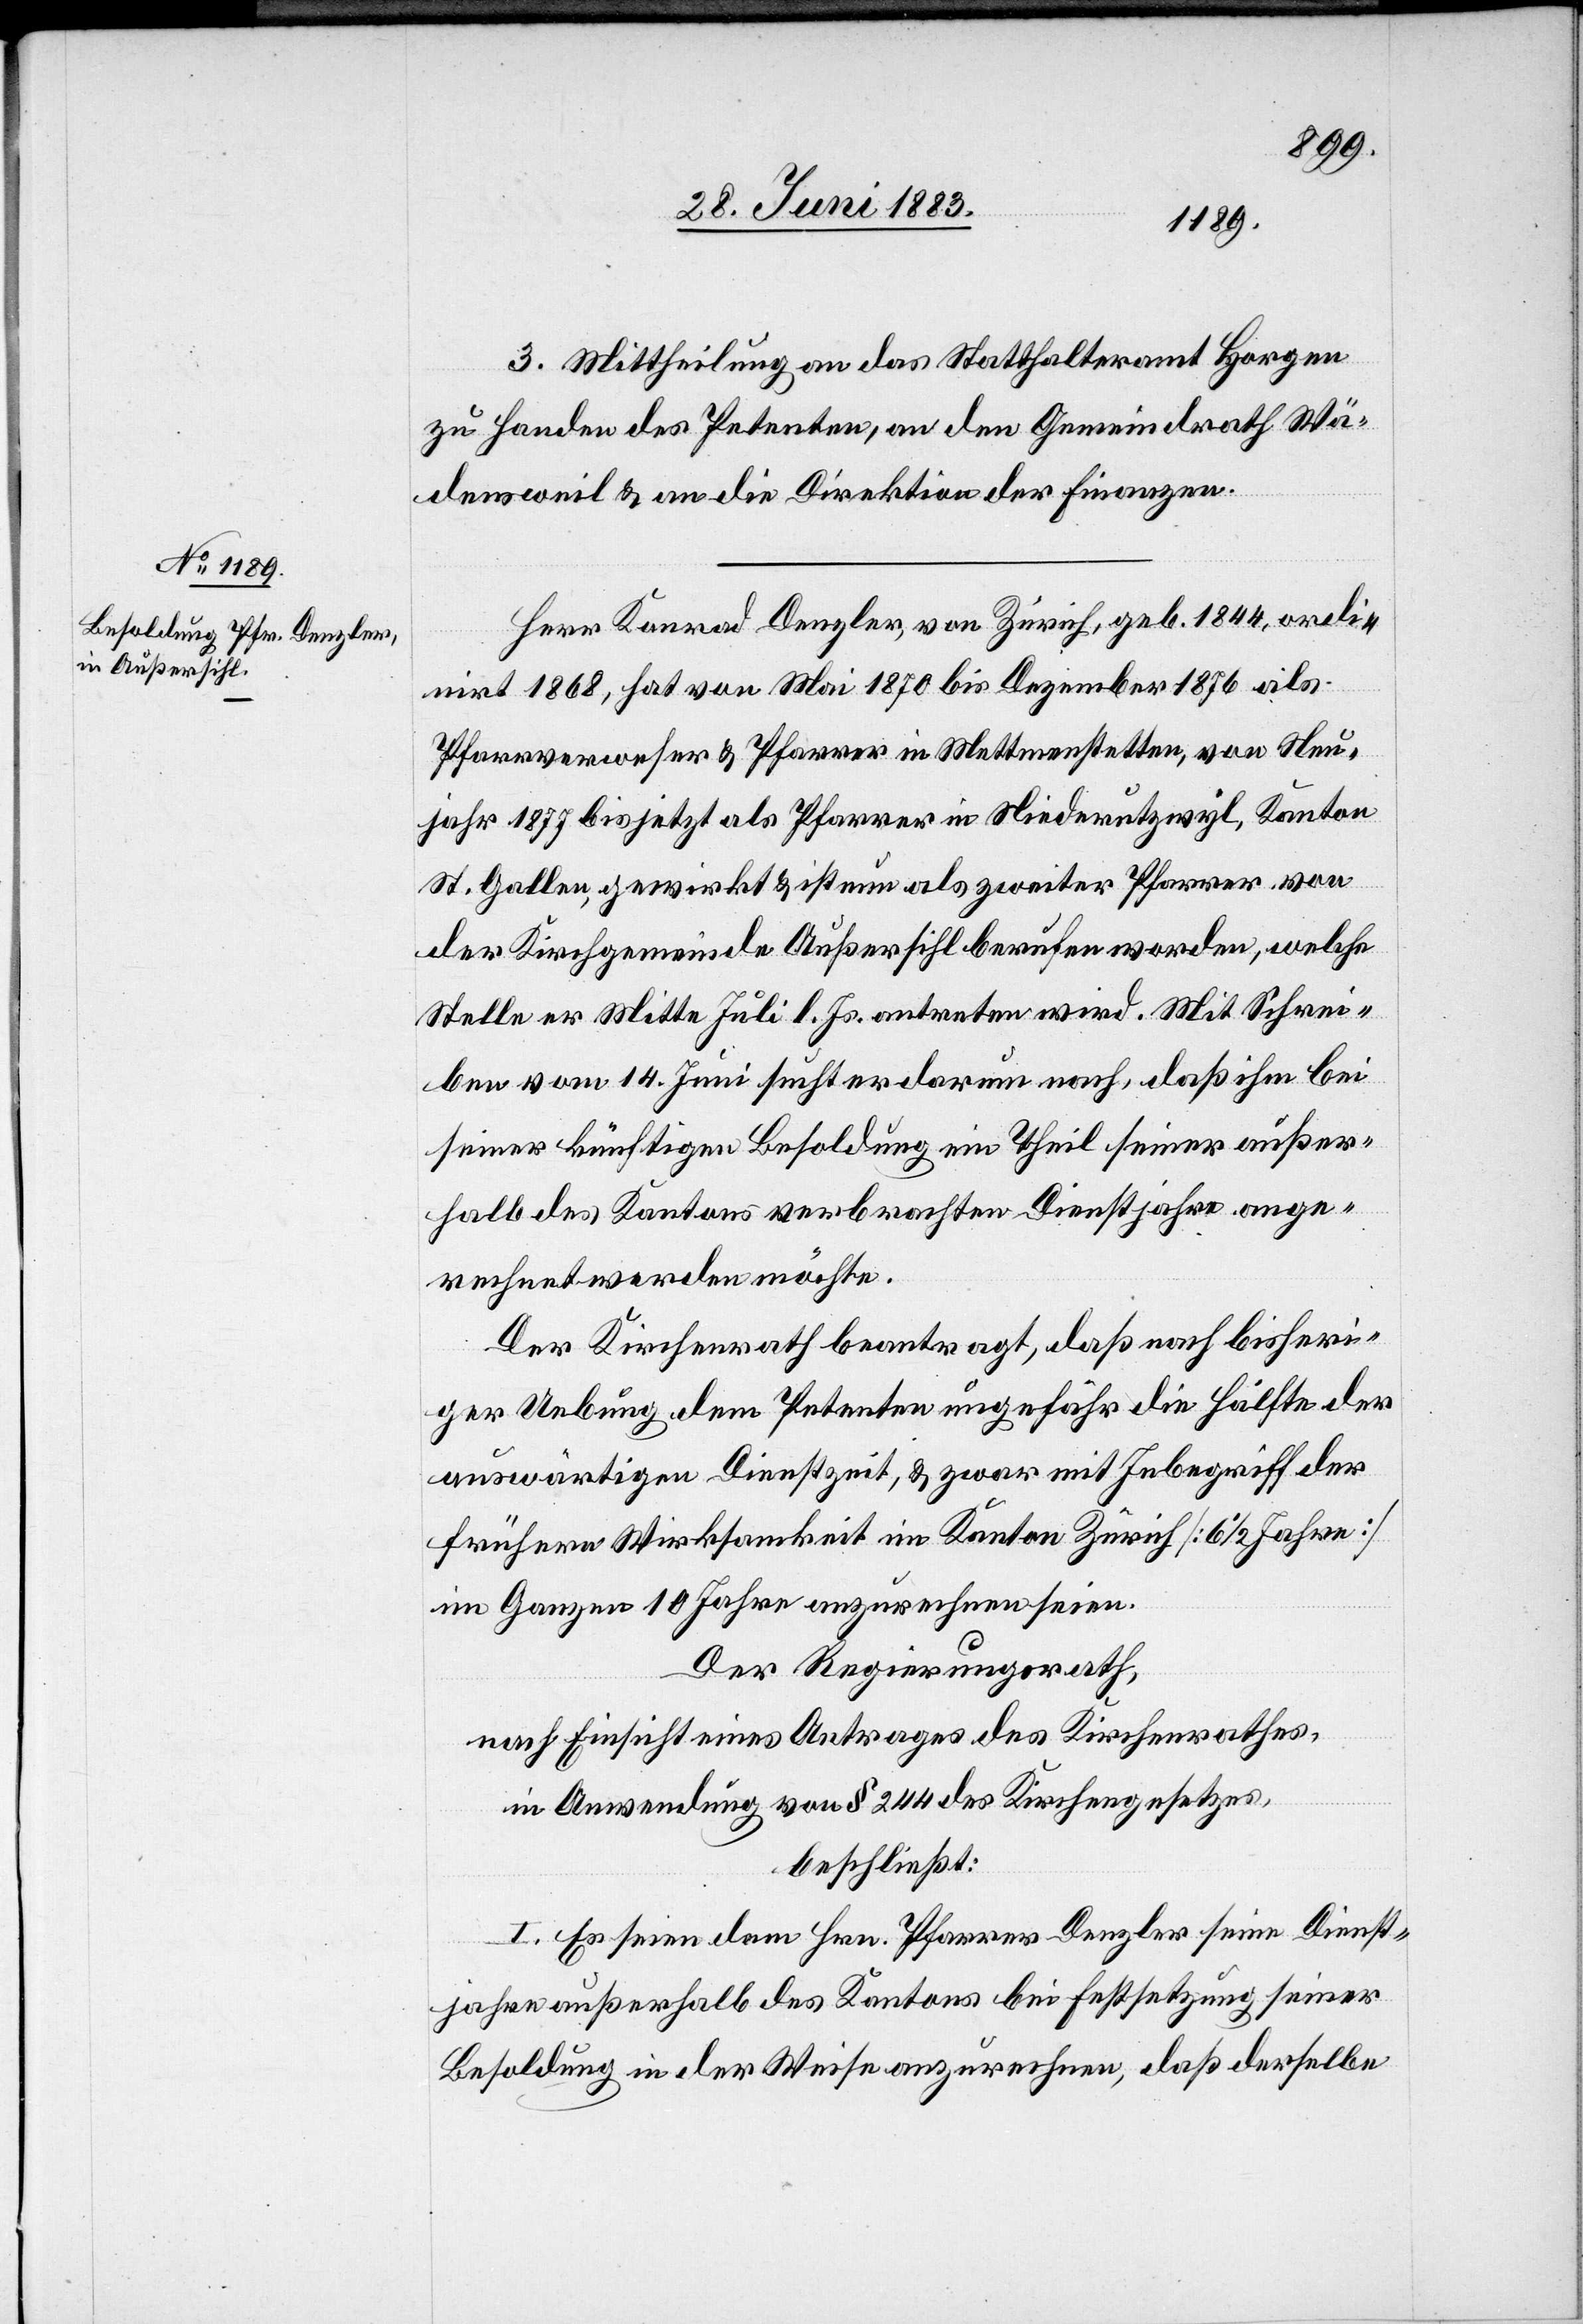
3. Mittheilung an das Statthalteramt Horgen
zu Handen des Petenten, an den Gemeindrath Wä¬
densweil & an die Direktion der Finanzen.
Herr Konrad Denzler, von Zürich, geb. 1844, ordi¬
nirt 1886, hat von Mai 1870 bis Dezember 1876 als
Pfarrverweser & Pfarrer in Mettmenstetten, von Neu¬
jahr 1877 bis jetzt als Pfarrer in Niederutzwyl, Kanton
St. Gallen, gewirkt & ist nun als zweiter Pfarrer von
der Kirchgemeinde Außersihl berufen worden, welche
Stelle er Mitte Juli l. Js. antreten wird. Mit Schrei¬
ben vom 14. Juni sucht er darum nach, daß ihm bei
seiner künftigen Besoldung ein Theil seiner außer¬
halb des Kantons verbrachten Dienstjahre ange¬
rechnet werden möchte.
Der Kirchenrath beantragt, daß nach bisheri¬
ger Uebung dem Petenten ungefähr die Hälfte der
auswärtigen Dienstzeit, & zwar mit Inbegriff der
frühern Wirksamkeit im Kanton Zürich [6 1/2 Jahre]
im Ganzen 10 Jahre anzurechnen seien.
Der Regierungsrath,
nach Einsicht eines Antrages des Kirchenrathes,
in Anwendung von § 244 des Kirchengesetzes,
beschließt:
I. Es seien dem Hrn. Pfarrer Denzler seine Dienst¬
jahre außerhalb des Kantons bei Festsetzung seiner
Besoldung in der Weise anzurechnen, daß derselbe